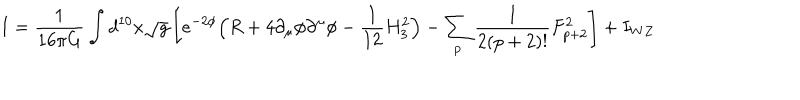
I = \frac { 1 } { 1 6 \pi G } \int d ^ { 1 0 } x \sqrt { g } \left[ e ^ { - 2 \phi } \Big ( R + 4 \partial _ { \mu } \phi \partial ^ { \mu } \phi - \frac { 1 } { 1 2 } H _ { 3 } ^ { 2 } \Big ) - \sum _ { p } \frac { 1 } { 2 ( p + 2 ) ! } F _ { p + 2 } ^ { 2 } \right] + I _ { W Z }